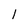
Character: l